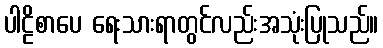
ပါဠိစာပေ ရေးသားရာတွင်လည်းအသုံးပြုသည်။